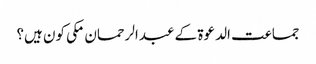
جماعت الدعوۃ کے عبدالرحمان مکی کون ہیں؟